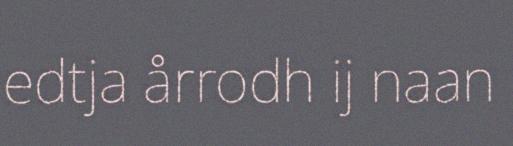
edtja årrodh ij naan